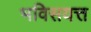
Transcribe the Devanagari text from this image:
भविसयत्त